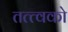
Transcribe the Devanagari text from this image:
तत्त्वको